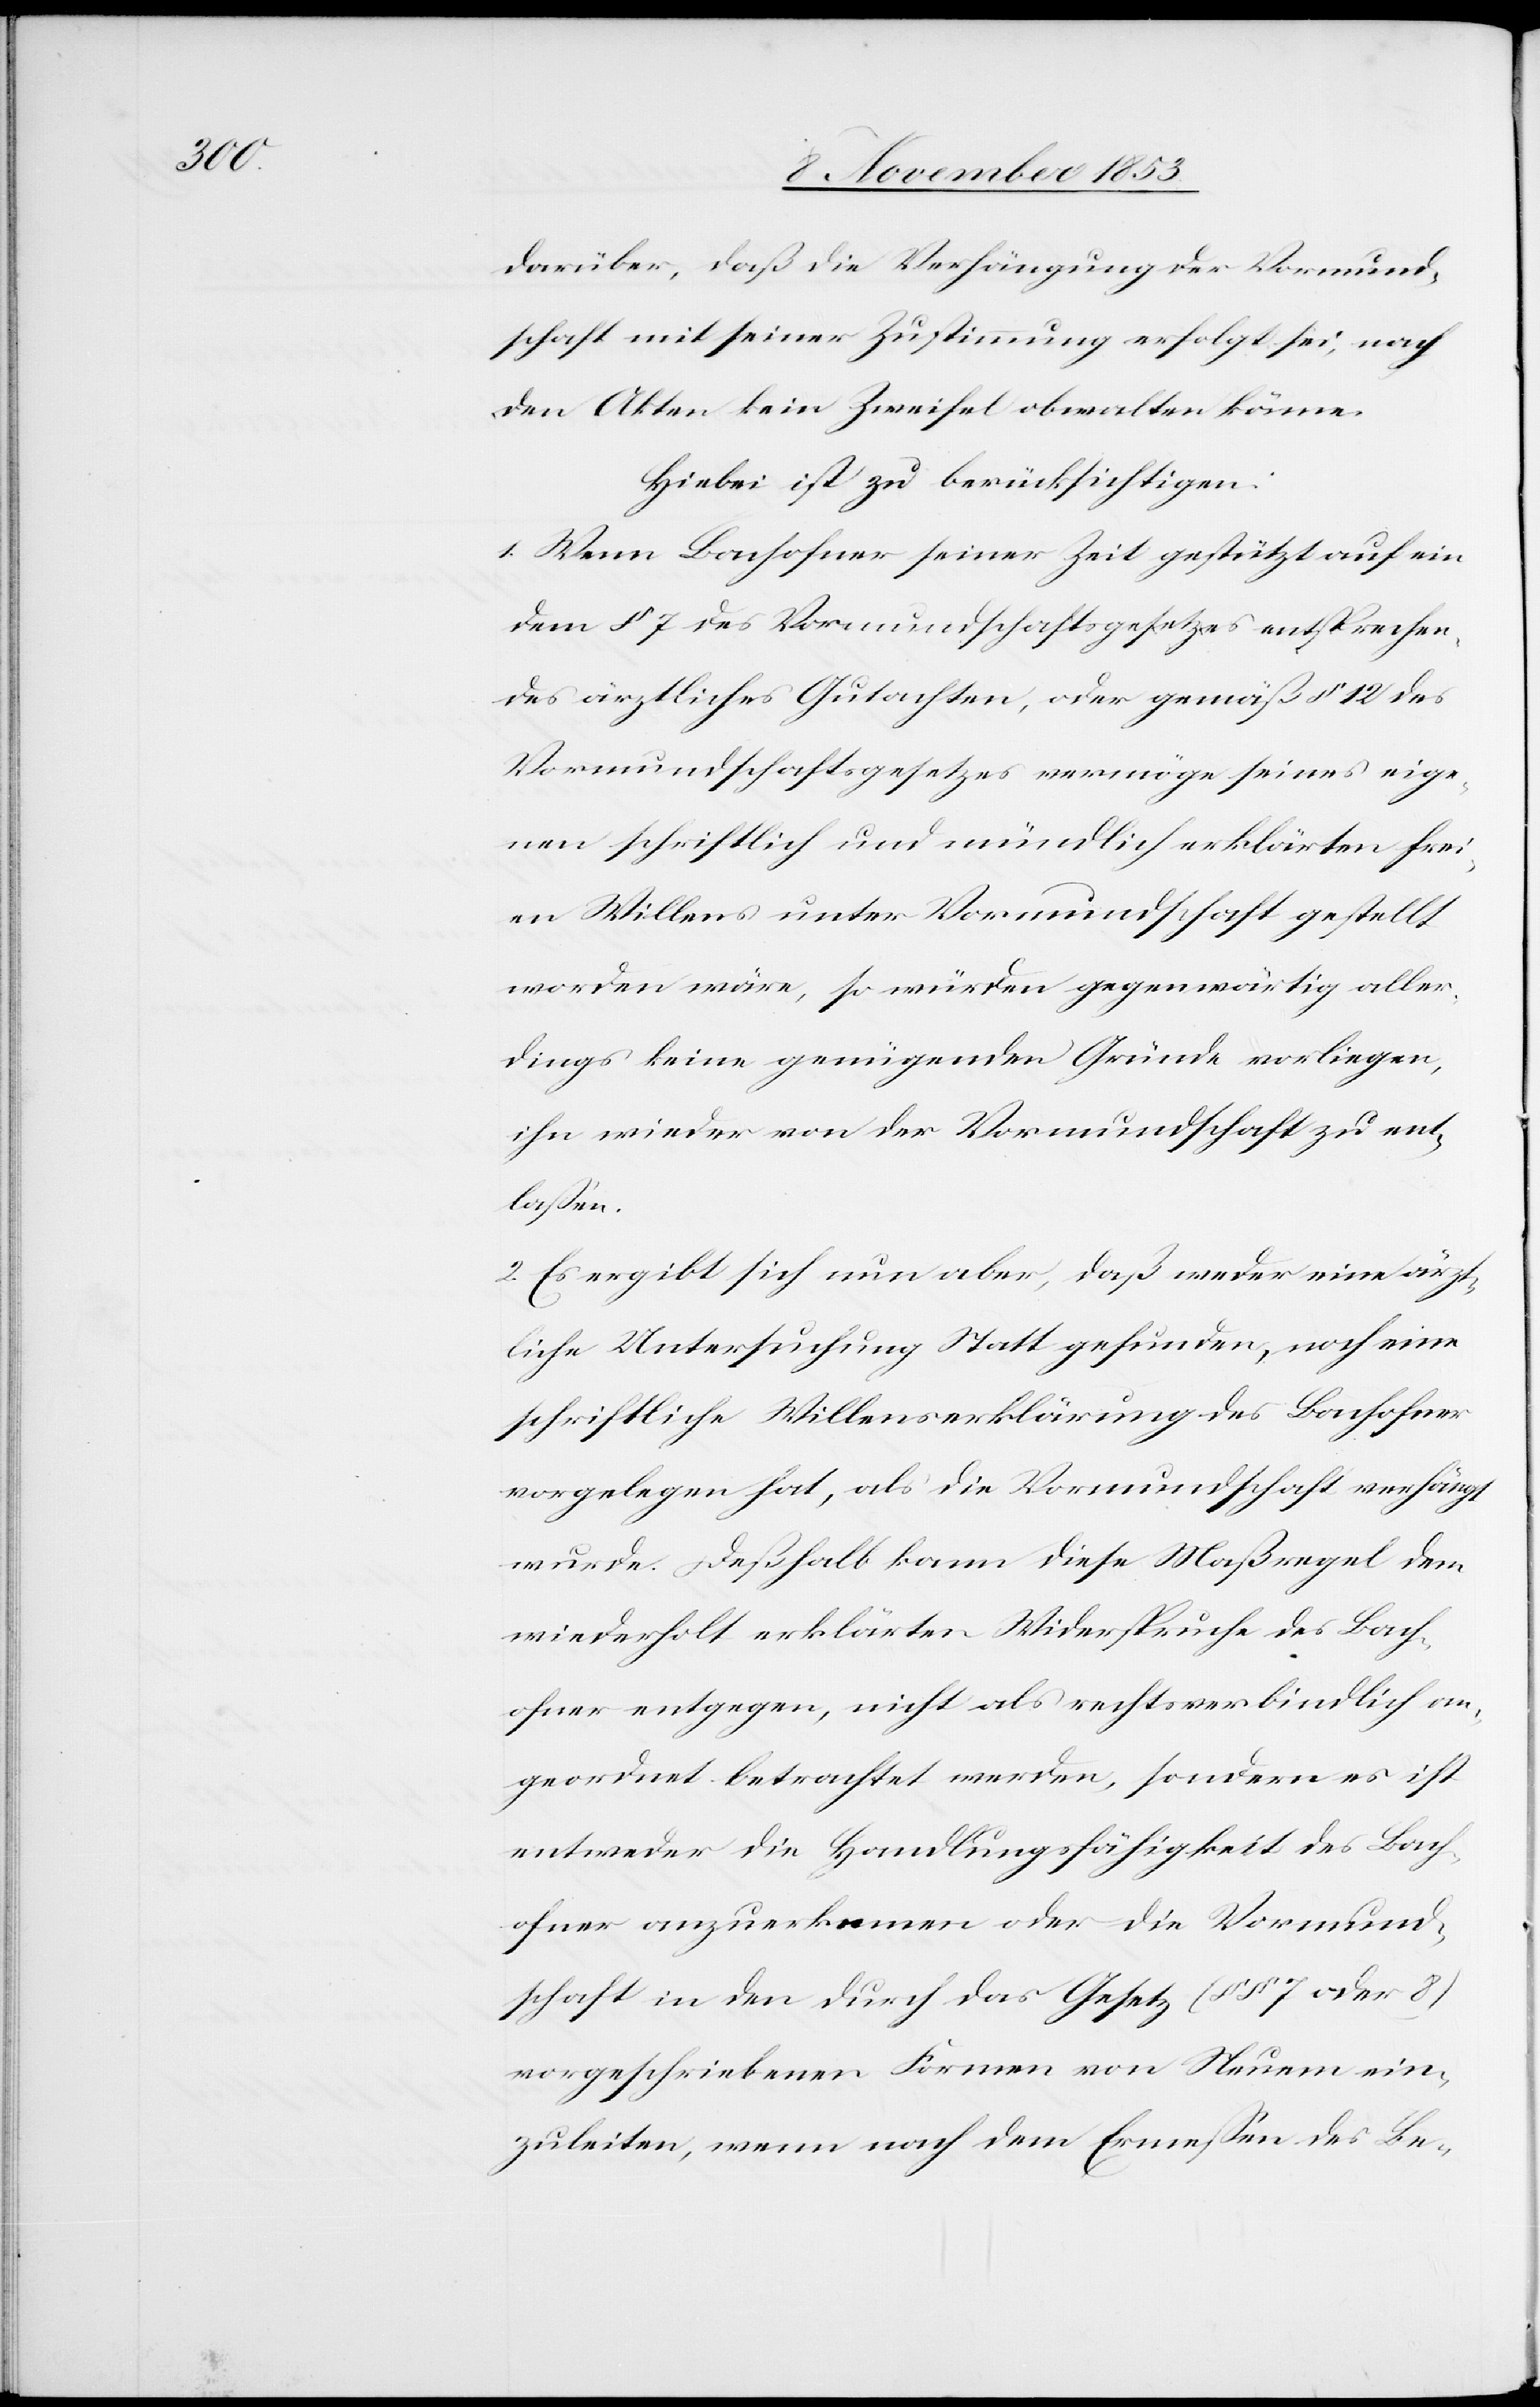
darüber, daß die Verhängung der Vormund¬
schaft mit seiner Zustimmung erfolgt sei, nach
den Akten kein Zweifel obwalten könne.
Hiebei ist zu berücksichtigen:
1. Wenn Bachofner seiner Zeit gestützt auf ein
dem § 7 des Vormundschaftsgesetzes entsprechen¬
des ärztliches Gutachten, oder gemäß § 12 des
Vormundschaftsgesetzes vermöge seines eige¬
nen schriftlich und mündlich erklärten frei¬
en Willens unter Vormundschaft gestellt
worden wäre, so würden gegenwärtig aller¬
dings keine genügenden Gründe vorliegen,
ihn wieder von der Vormundschaft zu ent¬
laßen.
2. Es ergibt sich nun aber, daß weder eine ärzt¬
liche Untersuchung Statt gefunden, noch eine
schriftliche Willenserklärung des Bachofner
vorgelegen hat, als die Vormundschaft verhängt
wurde. Deßhalb kann diese Maßregel dem
wiederholt erklärten Widerspruche des Bach¬
ofner entgegen, nicht als rechtsverbindlich an¬
geordnet betrachtet werden, sondern es ist
entweder die Handlungsfähigkeit des Bach¬
ofner anzuerkennen oder die Vormund¬
schaft in den durch das Gesetz (§§ 7 oder 8)
vorgeschriebenen Formen von Neuem ein¬
zuleiten, wenn nach dem Ermeßen des Be-